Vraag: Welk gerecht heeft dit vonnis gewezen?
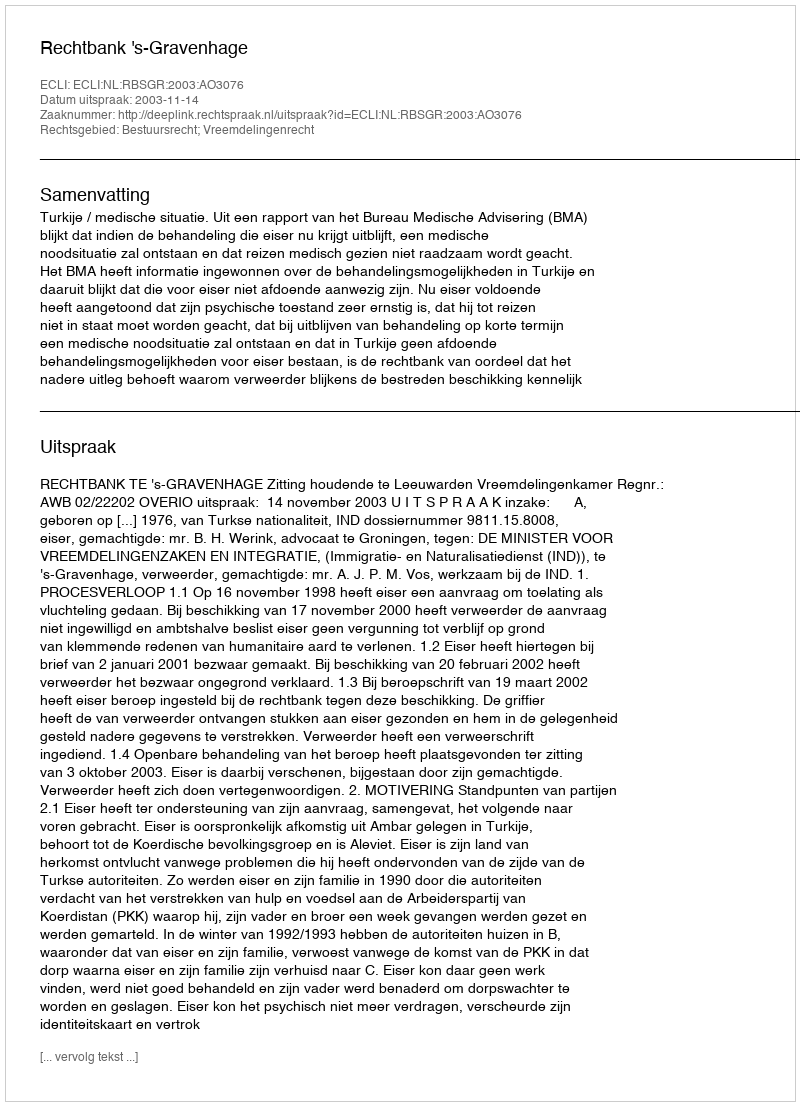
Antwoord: Rechtbank 's-Gravenhage